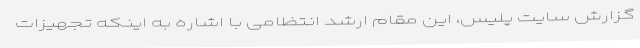
گزارش سایت پلیس، این مقام ارشد انتظامی با اشاره به اینکه تجهیزات